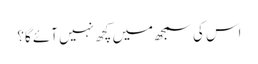
اس کی سمجھ میں کچھ نہیں آئے گا؟